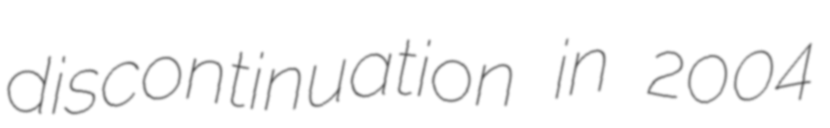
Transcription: discontinuation in 2004